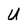
Character: U